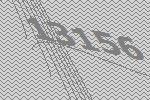
13156